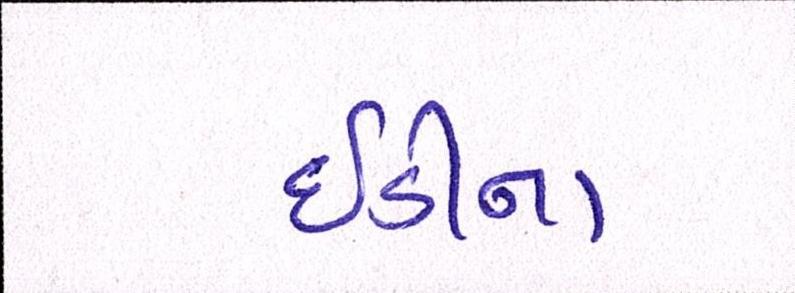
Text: ઇડીના